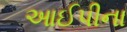
આઈપીના